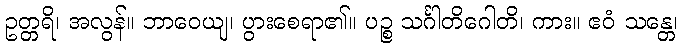
ဥတ္တရိ၊ အလွန်။ ဘာဝေယျ၊ ပွားစေရာ၏။ ပဉ္စ သင်္ဂါတိဂေါတိ၊ ကား။ ဧဝံ သန္တေ၊